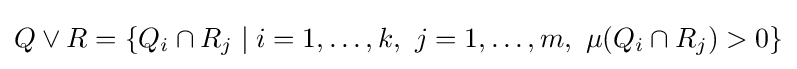
Q\vee R=\{Q_{i}\cap R_{j}\mid i=1,\ldots ,k,\ j=1,\ldots ,m,\ \mu (Q_{i}\cap R_{j})>0\}